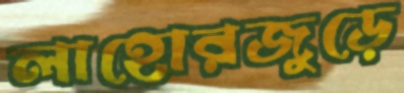
লাহোরজুড়ে